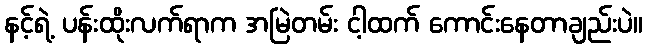
နင့်ရဲ့ ပန်းထိုးလက်ရာက အမြဲတမ်း ငါ့ထက် ကောင်းနေတာချည်းပဲ။